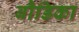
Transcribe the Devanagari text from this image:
बौडिका